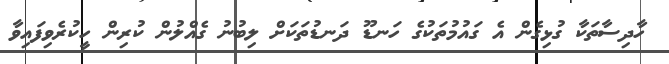
ހާދިސާތަކާ ގުޅިގެން އެ ގައުމުތަކުގެ ހަނޑޫ ދަނޑުތަކަށް ލިބުނު ގެއްލުން ކުރިން ހީކުރެވިފައިވާ